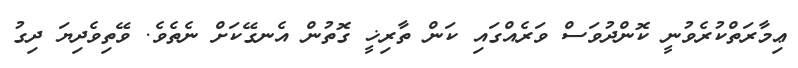
ޢިމާރަތްކުރެވުނީ ކޮންދުވަސް ވަރެއްގައި ކަން ތާރިޚީ ގޮތުން އެނގޭކަށް ނެތެވެ. ވޭތިވެދިޔަ ދިގު